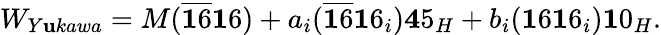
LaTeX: W_{Y\mathbf{u}kawa}=M(\overline{{{{{\mathbf{1}6}}}}}{\mathbf{1}6})+a_{i}(\overline{{{{{\mathbf{1}6}}}}}{\mathbf{1}6}_{i}){\mathbf{4}5}_{H}+b_{i}({\mathbf{1}6}{\mathbf{1}6}_{i}){\mathbf{1}0}_{H}.